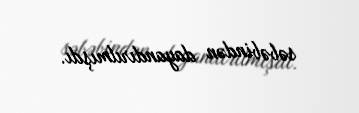
səbəbindən dayandırılmışdı.